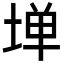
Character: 𫮃